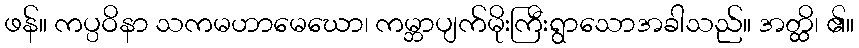
ဖန်။ ကပ္ပဝိနာ သကမဟာမေဃော၊ ကမ္ဘာပျက်မိုးကြီးရွာသောအခါသည်။ အတ္ထိ၊ ၏။